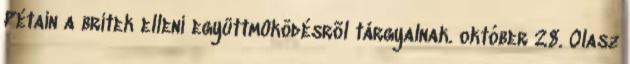
Pétain a britek elleni együttmûködésrõl tárgyalnak. október 28. Olasz